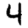
Digit: 4